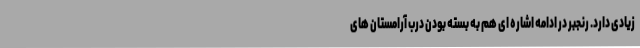
زیادی دارد. رنجبر در ادامه اشاره ای هم به بسته بودن درب آرامستان های